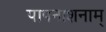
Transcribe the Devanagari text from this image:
पापनाशनाम्